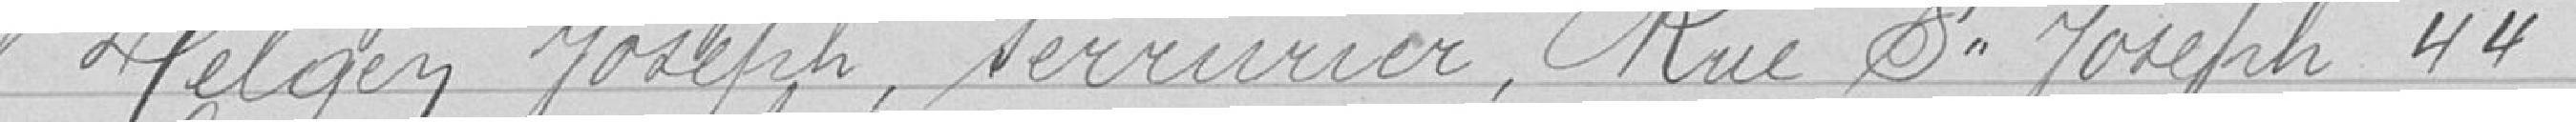
Helgen Joseph, serrurier, Rue Saint Joseph 44